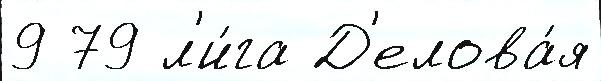
9 79 л'и́га Д'елова́я